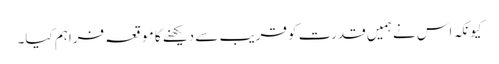
کیونکہ اس نے ہمیں قدرت کو قریب سے دیکھنے کا موقعہ فراہم کیا۔